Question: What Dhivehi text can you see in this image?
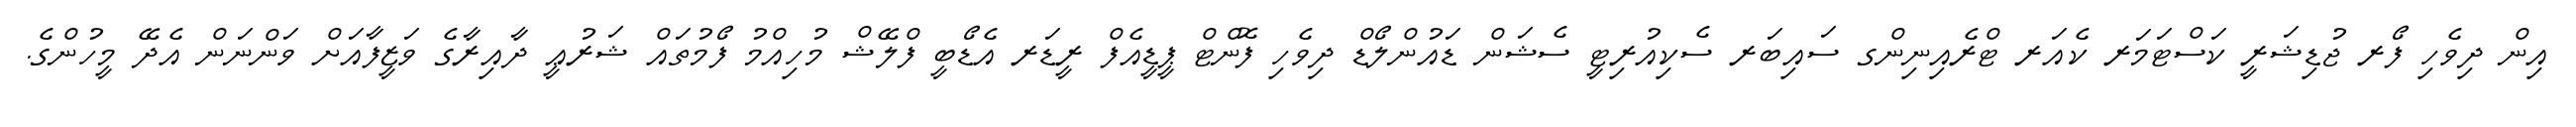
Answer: އިން ދިވެހި ފޯރ ޖުޑިޝަރީ ކަސްޓަމަރ ކެއަރ ޓްރެއިނިންގ ސައިބަރ ސެކިއުރިޓީ ސެޝަން ޑައުންލޯޑް ދިވެހި ފޮންޓް ޕީޑީއެފް ރީޑަރ އެޑޯބީ ފްލޭޝް މުހިއްމު ފޯމުތައް ޝަރުޢީ ދާއިރާގެ ވަޒީފާއަށް ވަންނަން އެދޭ މީހުންގެ.